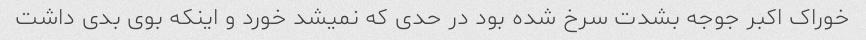
خوراک اکبر جوجه بشدت سرخ شده بود در حدی که نمیشد خورد و اینکه بوی بدی داشت